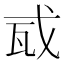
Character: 𢦭